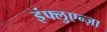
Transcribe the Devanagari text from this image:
इंफ्लुएन्ज़ा